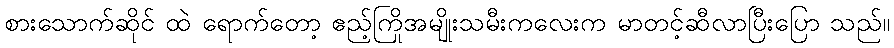
စားသောက်ဆိုင် ထဲ ရောက်တော့ ဧည့်ကြိုအမျိုးသမီးကလေးက မာတင့်ဆီလာပြီးပြော သည်။